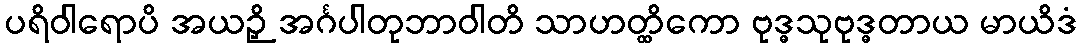
ပရိဝါရောပိ အယဉှိ အင်္ဂပါတုဘာဝါတိ သာဟတ္ထိကော ဗုဒ္ဓသုဗုဒ္ဓတာယ မာယိဒံ